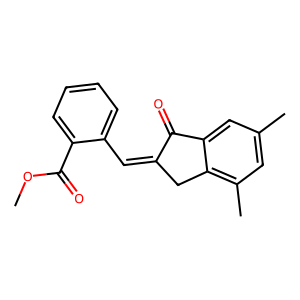
SMILES: COC(=O)c1ccccc1C=C1Cc2c(C)cc(C)cc2C1=O
Inhibits HIV replication: No